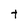
Character: t